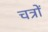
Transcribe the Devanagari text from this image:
चत्रों